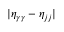
{ | \eta _ { \gamma \gamma } - \eta _ { j j } | }